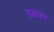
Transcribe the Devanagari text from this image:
लाइफर